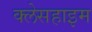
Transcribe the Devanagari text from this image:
क्लेसहाइम